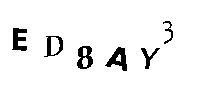
ED8AY3